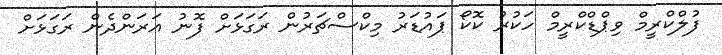
ފުލްކްރީމް ވިޕްޑްކްރީމް ހަކުރު ކޮކޯ ޕައުޑަރު މިކްސްޗަރުން ރަގަޅަށް ފޮނު އަރަންދެން ރަގަޅަށް